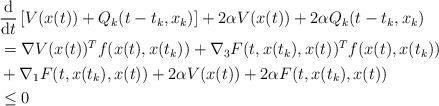
LaTeX: \begin{align*}&\frac{\textrm d}{\textrm dt} \left[V(x(t))+Q_k(t-t_k,x_{k})\right]+2\alpha V(x(t)) + 2\alpha Q_k(t-t_k,x_{k})\\&=\nabla V(x(t))^T f(x(t),x(t_k)) + \nabla_3 F(t,x(t_k),x(t))^T f(x(t),x(t_k))\\& + \nabla_1 F(t,x(t_k),x(t)) +2\alpha V(x(t)) + 2\alpha F(t,x(t_k),x(t))\\&\le 0\end{align*}